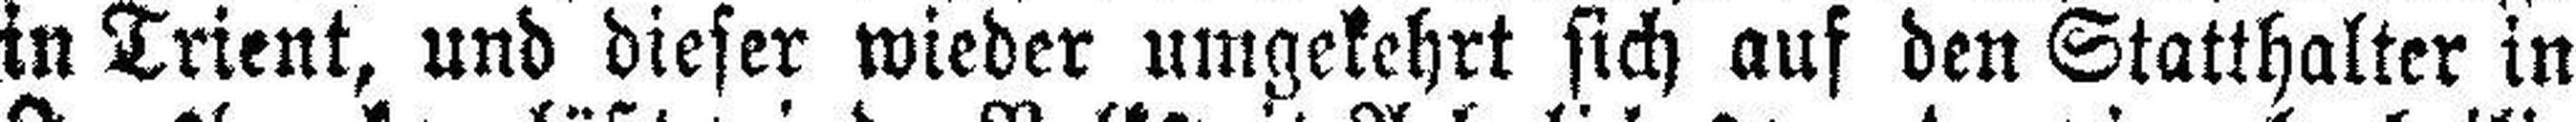
in Trient, und dieser wieder umgekehrt sich auf den Statthalter in